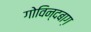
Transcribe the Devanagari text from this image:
गोविन्दबाग़